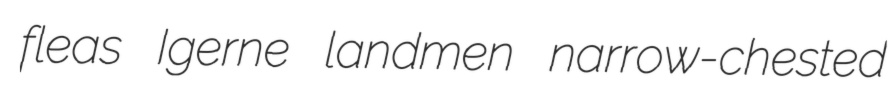
fleas Igerne landmen narrow-chested